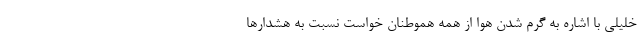
خلیلی با اشاره به گرم شدن هوا از همه هموطنان خواست نسبت به هشدارها